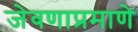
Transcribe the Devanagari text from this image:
जेवणाप्रमाणे